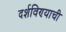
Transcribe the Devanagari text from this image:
दर्शविण्याची